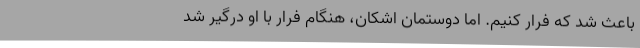
باعث شد که فرار کنیم. اما دوستمان اشکان، هنگام فرار با او درگیر شد